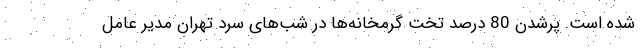
شده است. پرشدن 80 درصد تخت گرمخانه‌ها در شب‌های سرد تهران مدیر عامل